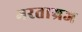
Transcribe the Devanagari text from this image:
भरताग्रज